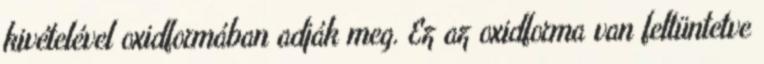
kivételével oxidformában adják meg. Ez az oxidforma van feltüntetve